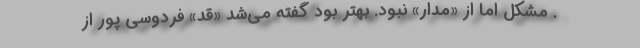
. مشکل اما از «مدار» نبود. بهتر بود گفته می‌شد «قد» فردوسی پور از